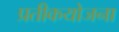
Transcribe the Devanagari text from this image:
प्रतीकयोजना